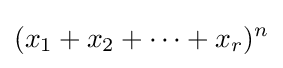
(x_{1}+x_{2}+\cdots +x_{r})^{n}